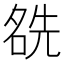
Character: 𠸛